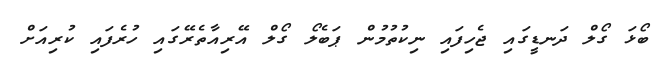
ބޯޅަ ގޯލް ދަނޑީގައި ޖެހިފައި ނިކުތުމުން ޕަބެލޯ ގޯލް އޭރިއާތެރޭގައި ހުރެފައި ކުރިއަށް